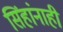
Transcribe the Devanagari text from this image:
सिंहांनाही